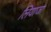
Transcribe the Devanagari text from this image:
लियाजा